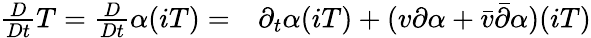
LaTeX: \begin{array}{rl}{\frac{D}{Dt}T=\frac{D}{Dt}\alpha(iT)=}&{{}\partial_{t}\alpha(iT)+(v\partial\alpha+\bar{v}\bar{\partial}\alpha)(iT)}\end{array}